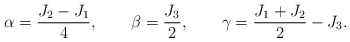
\begin{align*}\alpha = \frac{J_2 - J_1}{4}, \qquad \beta = \frac{J_3}{2}, \qquad \gamma= \frac{J_1 + J_2}{2} - J_3. \end{align*}